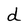
Character: d